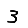
Digit: 3